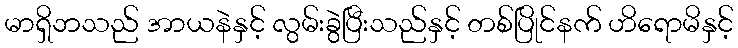
မာရှိဘသည် အာယနဲနှင့် လွမ်းခွဲပြီးသည်နှင့် တစ်ပြိုင်နက် ဟိရောမိနှင့်